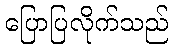
ပြောပြလိုက်သည်